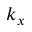
k _ { x }